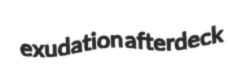
exudation afterdeck